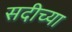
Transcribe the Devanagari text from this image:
सदीच्या